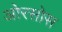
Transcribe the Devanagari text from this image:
ओरसोस